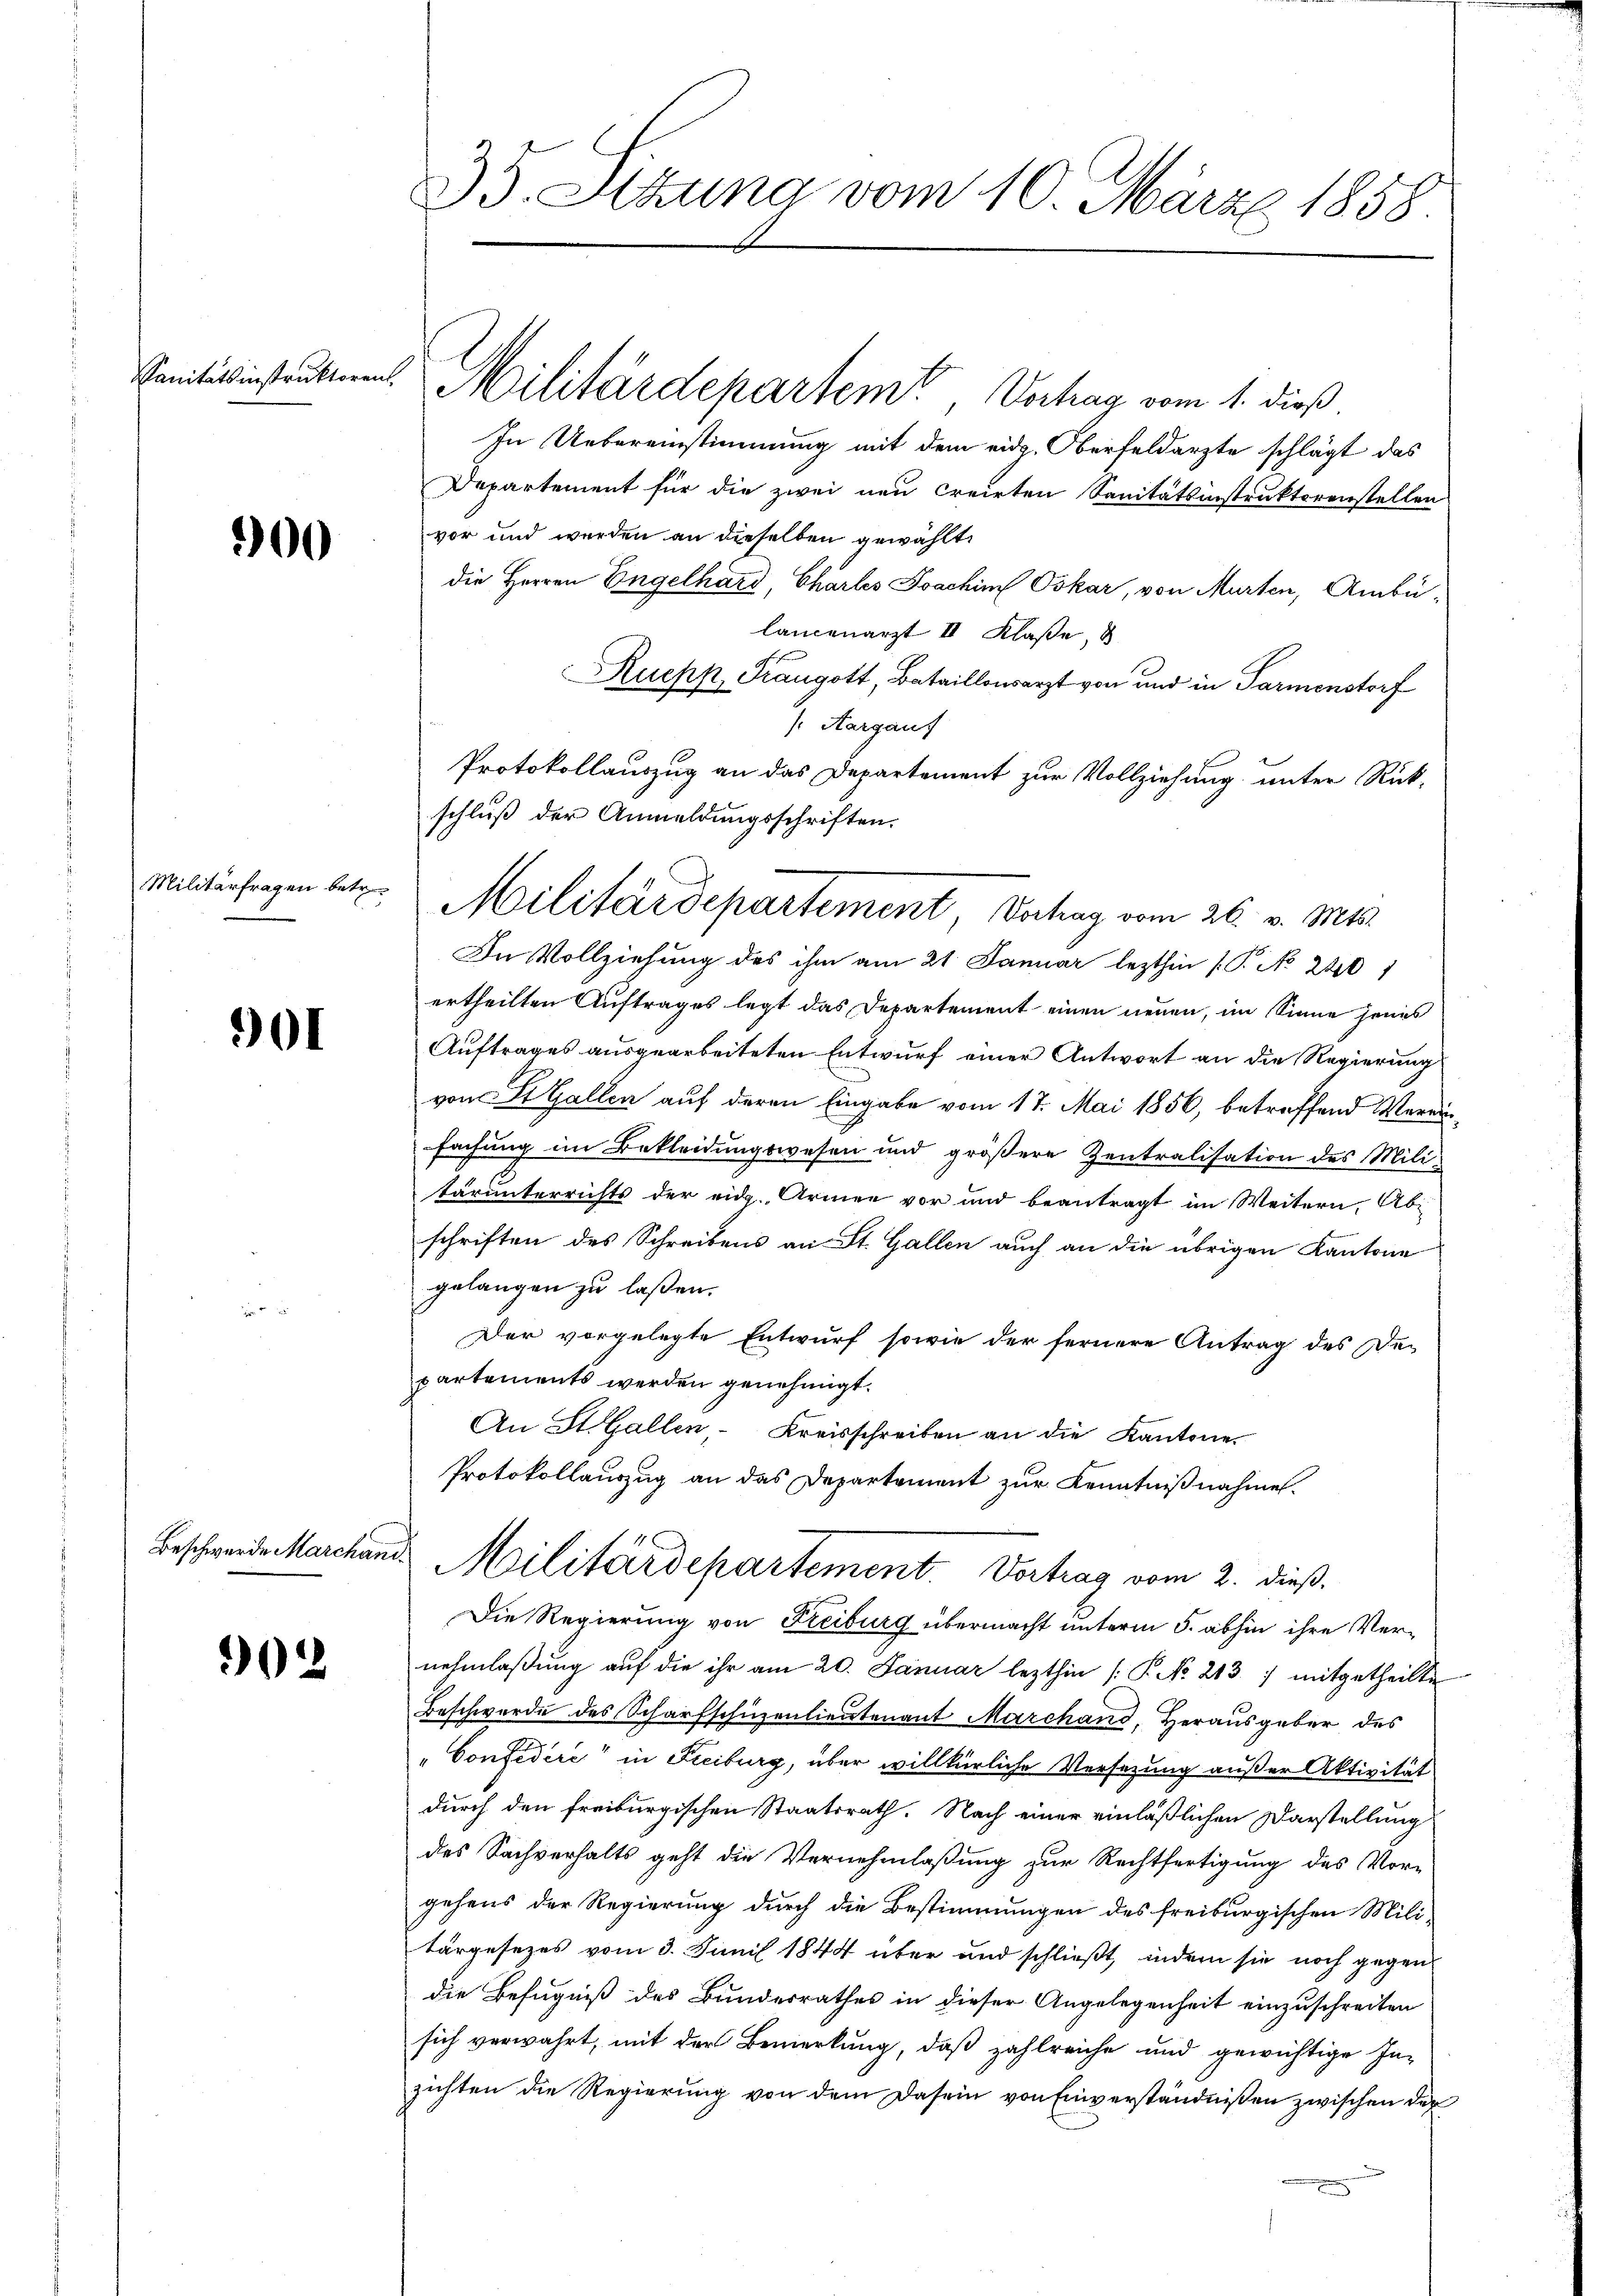
Sanitätsinstruktoren.

00

Militärfragen betr.

901

Beschwerde Marchand¬

902

35. Sizung vom 10. März 1858

In Uebereinstimmung mit dem eid. Oberfeldarzte schlägt das
Departement für die zwei neu creirten Sanitätsinstruktorenstellen
vor und werden an dieselben gewählt
die Herren Engelhard, Chartes Joachim Oskar, von Murten, Ambülancenarzt II Klaße, d
Rucks, Prangott, Bataillonsarzt von und in Parmenstorf
Aargauf
Protokollauszug an das Departement zur Vollziehung unter Rück¬
In Vollziehung des ihm am 21. Januar lezthin (P No 220 1
ertheilten Auftrages legt das Departement einen neuen, im Sinne jenes
Auftrages ausgearbeiteten Entwurf einer Antwort an die Regierung
von St. Gallen auf deren Eingabe vom 17. Mai 1856, betreffend Vereinfachung im Bekleidungswesen und größere Zentralisation des Mili-
tarunterrichts der eidg. Armen vor und beantragt im Weitern, Abi
schriften des Schreibens an St. Gallen auch an die übrigen Kantone
gelangen zu laßen.
Der vorgelegte Entwurf sowie der fernere Antrag des De-
partements werden genehmigt.
An St. Gallen-Kreisschreiben an die Kantone.
Protokollauszug an das Departement zur Kenntnißnahme.
Militärdepartement. Vertrag vom 2. dieß.
Die Regierung von Freiburg übermacht unterm 5. abhin ihre Vernehmlaßung auf die ihr am 20. Januar lezthin (P No 213. ) mitgetheilte
Beschwerde des Scharfschüzenlieutenant Marchand, Herausgeber des
"Confedere in Freiburg, über willkürliche Versezung außer Aktivität
durch den freiburgischen Staatsrath. Nach einer einläßlichen Darstellung
des Sachverhalts geht die Vernehmlaßung zur Rechtfertigung des Vor-
gehens der Regierung durch die Bestimmungen des freiburgischen Mili-
targesezes vom 3. Juni 1844 über und schließt, indem sie noch gegen
die Befugniß des Bundesrathes in dieser Angelegenheit einzuschreiten
sich verwahrt, mit der Bemerkung, daß zahlreiche und gewichtige Inzichten die Regierung von dem Dasein von Einverständnißen zwischen der

Militärdepartem Verhag vom 1. dieß.

schluß der Anmeldungsschriften.
Militärdepartement Verhag vom 26. v. Mts.